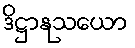
ဒိဋ္ဌာနုသယော